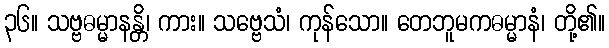
၃၆။ သဗ္ဗဓမ္မာနန္တိ၊ ကား။ သဗ္ဗေသံ၊ ကုန်သော။ တေဘူမကဓမ္မာနံ၊ တို့၏။